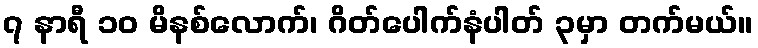
၇ နာရီ ၁၀ မိနစ်လောက်၊ ဂိတ်ပေါက်နံပါတ် ၃မှာ တက်မယ်။